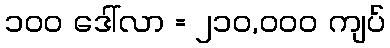
၁၀၀ ဒေါ်လာ = ၂၁၀,၀၀၀ ကျပ်